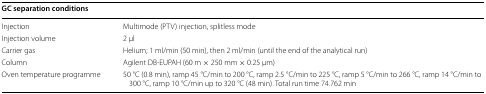
<table><thead><tr><td colspan="2"><b>GC separation conditions</b></td></tr></thead><tbody><tr><td>Injection</td><td>Multimode (PTV) injection, splitless mode</td></tr><tr><td>Injection volume</td><td>2 μl</td></tr><tr><td>Carrier gas</td><td>Helium; 1 ml/min (50 min), then 2 ml/min (until the end of the analytical run)</td></tr><tr><td>Column</td><td>Agilent DB-EUPAH (60 m × 250 mm × 0.25 μm)</td></tr><tr><td>Oven temperature programme</td><td>50 °C (0.8 min), ramp 45 °C/min to 200 °C, ramp 2.5 °C/min to 225 °C, ramp 5 °C/min to 266 °C, ramp 14 °C/min to 300 °C, ramp 10 °C/min up to 320 °C (48 min). Total run time 74.762 min</td></tr></tbody></table>